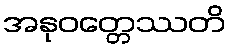
အနုဝတ္တေဿတိ